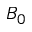
B _ { 0 }